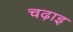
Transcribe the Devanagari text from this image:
चढ़ाइ